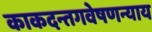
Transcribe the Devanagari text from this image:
काकदन्तगवेषणन्याय